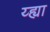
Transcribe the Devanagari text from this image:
य्ह्या